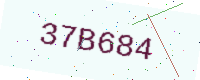
Text: 37B684